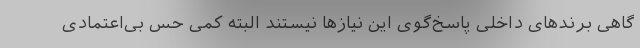
گاهی برندهای داخلی پاسخ‌گوی این نیازها نیستند البته کمی حس بی‌اعتمادی